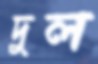
দুল